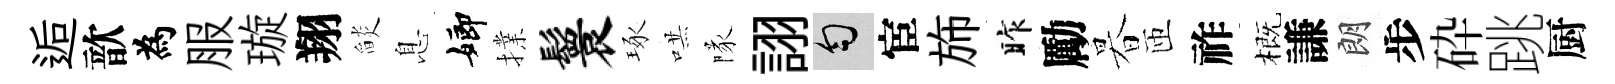
逅歆為服璇翔𦦨息嫏擈鬟琢哄隊詡匀宦斾昨勵暮匝祚概謙朗步砕跳厨